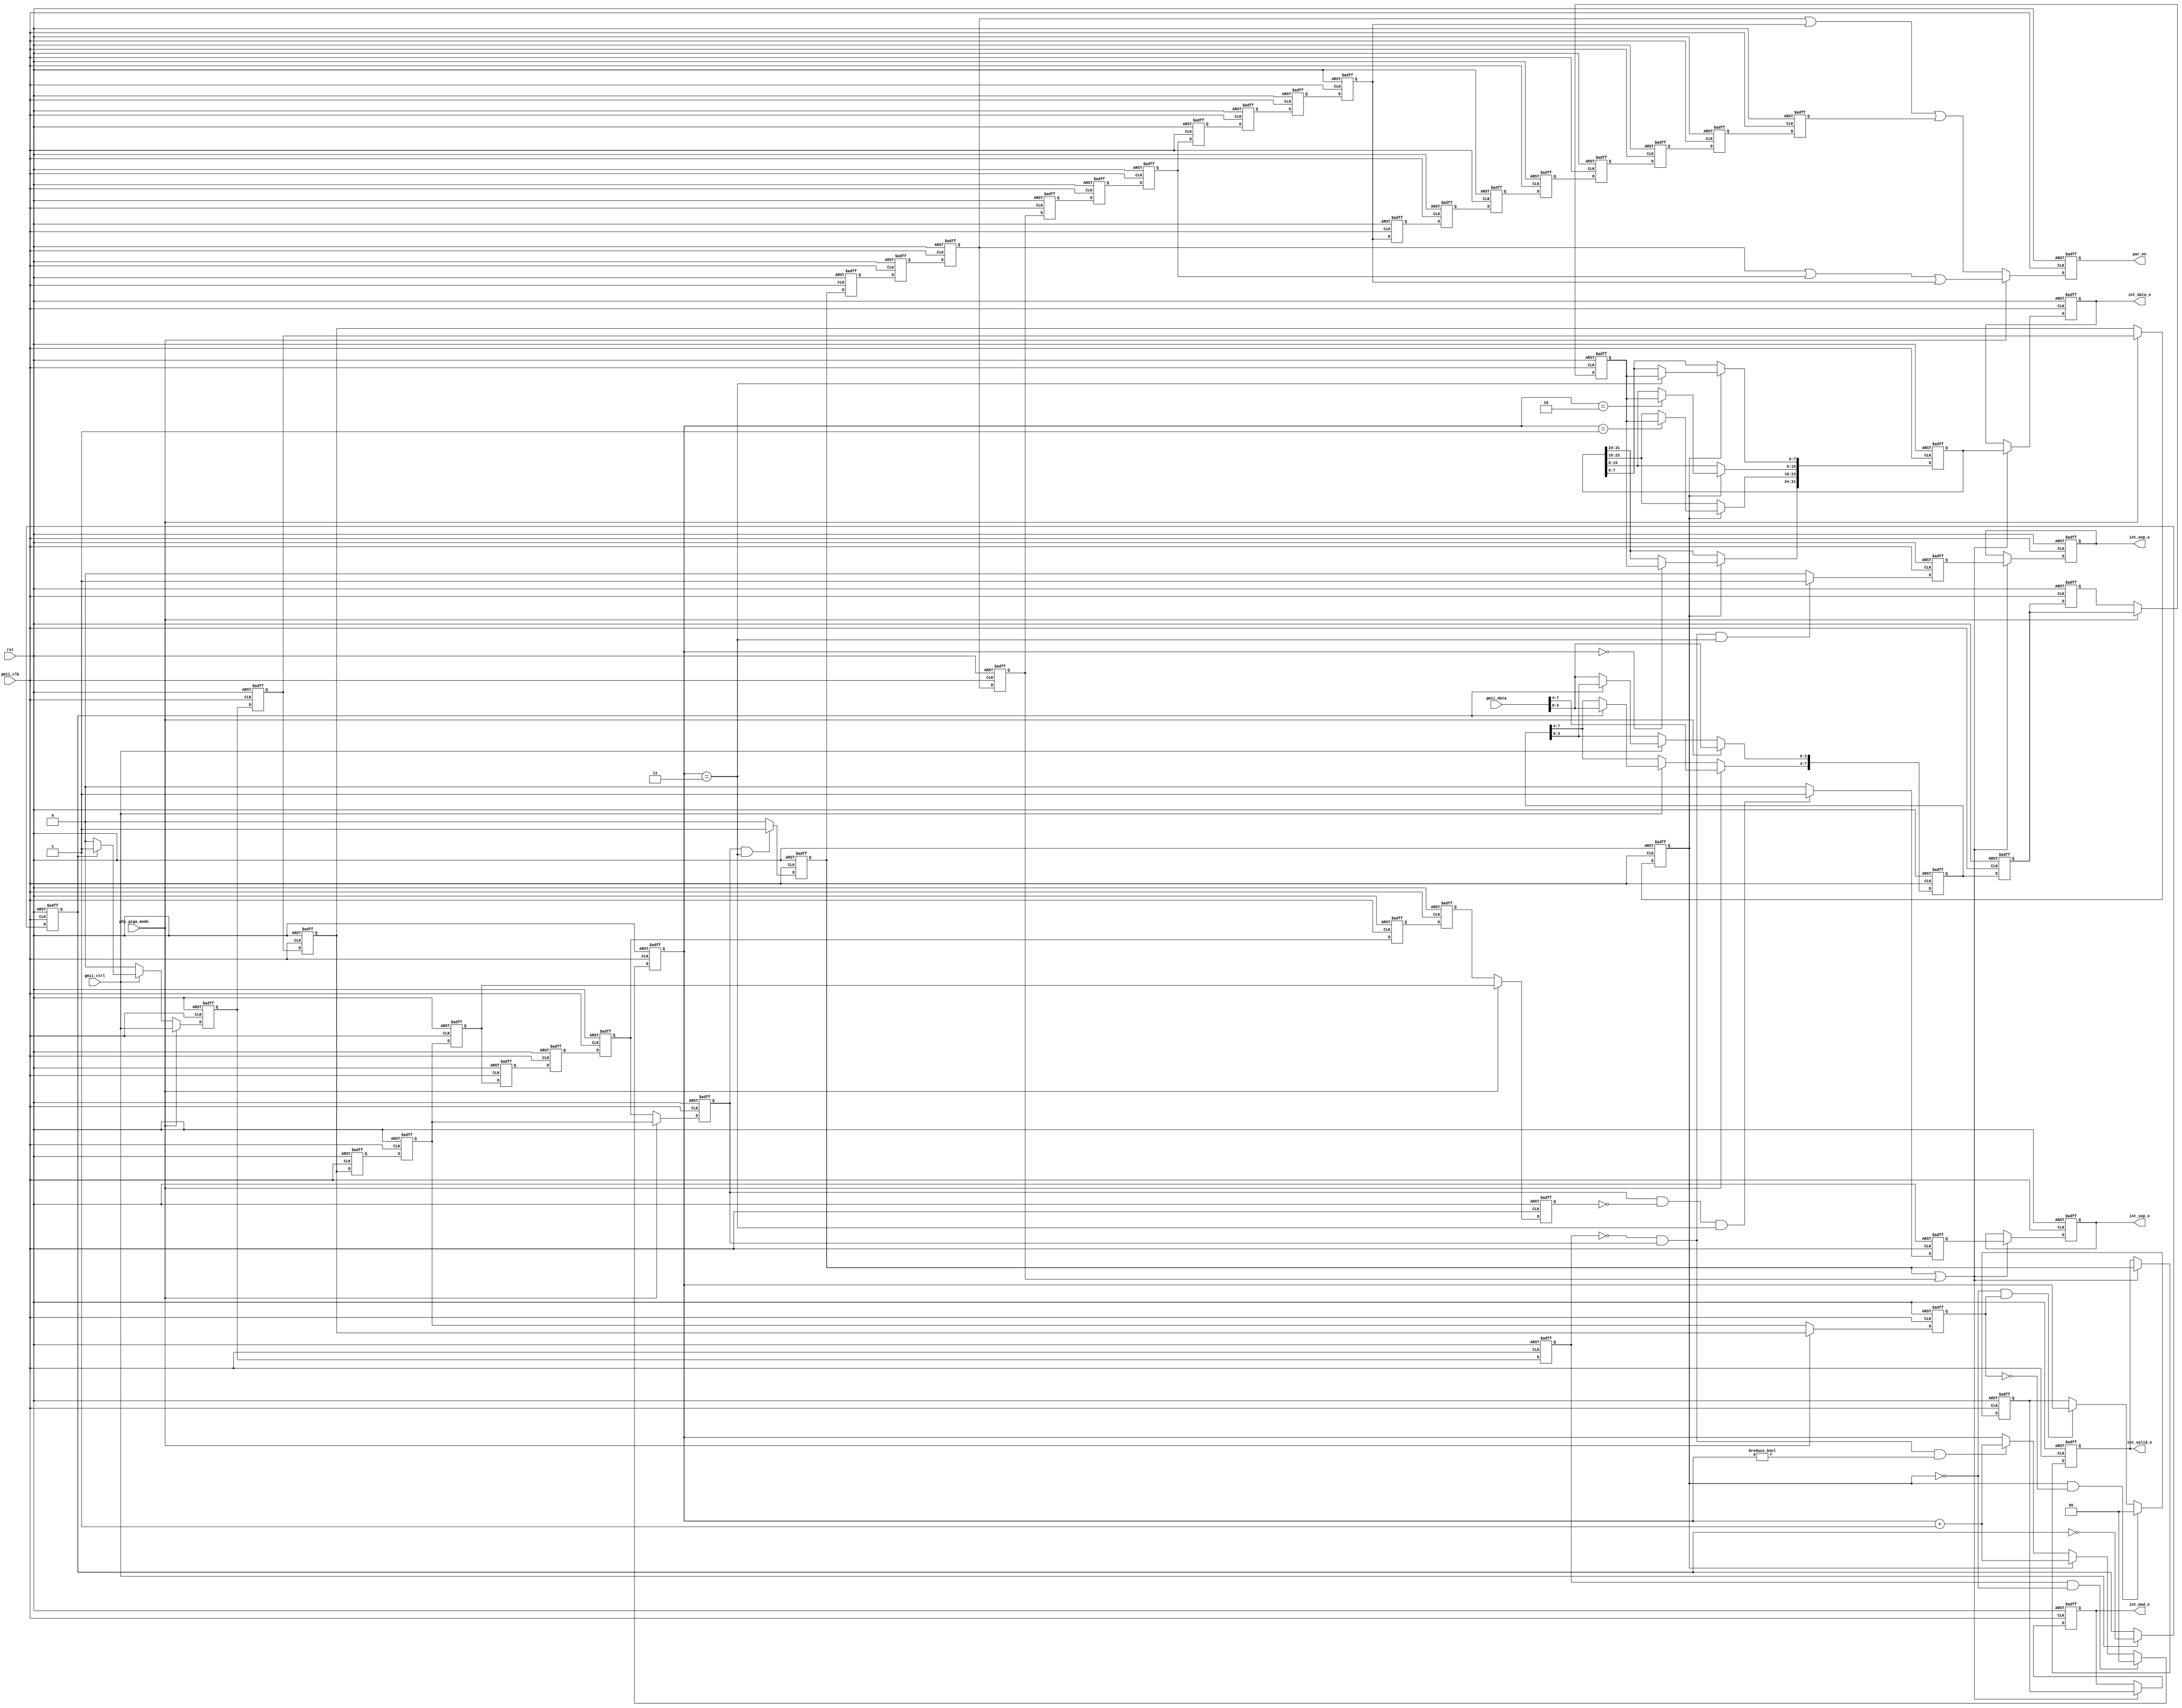
/*
 *
 */

`timescale 1ns/1ns
module rx_gearbox(
  input               rst,
  input               phy_giga_mode,

  input  wire         gmii_clk,
  input  wire         gmii_ctrl,
  input  wire [ 7: 0] gmii_data,

  output reg          par_en,  // multicycle timing control signal

  output reg  [31: 0] int_data_o,
  output reg          int_valid_o,
  output reg          int_sop_o,
  output reg          int_eop_o,
  output reg  [ 1: 0] int_mod_o
);

// mii to gmii padding
reg nibble_h;
always @(posedge rst or posedge gmii_clk) begin
  if (rst)
    nibble_h <= 1'b0;
  else if (gmii_ctrl)
    nibble_h <= !nibble_h;
end

reg       gmii_ctrl_conv;
reg [7:0] gmii_data_conv;
always @(posedge rst or posedge gmii_clk) begin
  if (rst) begin
    gmii_ctrl_conv <= 1'b0;
    gmii_data_conv <= 8'd0;
  end
  else begin
    if (phy_giga_mode) begin
      gmii_ctrl_conv      <= gmii_ctrl;
      gmii_data_conv[7:0] <= gmii_data[7:0];
    end
    else begin
      // 4b-8b datapath gearbox
      if (gmii_ctrl) begin
        gmii_ctrl_conv      <= ( nibble_h)? 1'b1:1'b0;
        gmii_data_conv[7:4] <= ( nibble_h)? gmii_data[3:0]: gmii_data_conv[7:4];
        gmii_data_conv[3:0] <= (!nibble_h)? gmii_data[3:0]: gmii_data_conv[3:0];
      end
      else begin
        gmii_ctrl_conv      <= 1'b0;
        gmii_data_conv[7:4] <= gmii_data_conv[7:4];
        gmii_data_conv[3:0] <= gmii_data_conv[3:0];
      end
    end
  end
end

// buffer gmii input
reg       gmii_ctrl_conv_d1, gmii_ctrl_conv_d2, gmii_ctrl_conv_d3, gmii_ctrl_conv_d4,
          gmii_ctrl_conv_d5, gmii_ctrl_conv_d6, gmii_ctrl_conv_d7, gmii_ctrl_conv_d8,
          gmii_ctrl_conv_d9, gmii_ctrl_conv_da;
reg [7:0] gmii_data_conv_d1, gmii_data_conv_d2, gmii_data_conv_d3, gmii_data_conv_d4,
          gmii_data_conv_d5, gmii_data_conv_d6, gmii_data_conv_d7, gmii_data_conv_d8,
          gmii_data_conv_d9, gmii_data_conv_da;
always @(posedge rst or posedge gmii_clk) begin
  if (rst) begin
    gmii_ctrl_conv_d1 <= 1'b0;
    gmii_ctrl_conv_d2 <= 1'b0;
    gmii_ctrl_conv_d3 <= 1'b0;
    gmii_ctrl_conv_d4 <= 1'b0;
    gmii_ctrl_conv_d5 <= 1'b0;
    gmii_ctrl_conv_d6 <= 1'b0;
    gmii_ctrl_conv_d7 <= 1'b0;
    gmii_ctrl_conv_d8 <= 1'b0;
    gmii_ctrl_conv_d9 <= 1'b0;
    gmii_ctrl_conv_da <= 1'b0;
    gmii_data_conv_d1 <= 8'd0;
    gmii_data_conv_d2 <= 8'd0;
    gmii_data_conv_d3 <= 8'd0;
    gmii_data_conv_d4 <= 8'd0;
    gmii_data_conv_d5 <= 8'd0;
    gmii_data_conv_d6 <= 8'd0;
    gmii_data_conv_d7 <= 8'd0;
    gmii_data_conv_d8 <= 8'd0;
    gmii_data_conv_d9 <= 8'd0;
    gmii_data_conv_da <= 8'd0;
  end
  else begin
    gmii_ctrl_conv_d1 <= gmii_ctrl_conv;
    gmii_ctrl_conv_d2 <= gmii_ctrl_conv_d1;
    gmii_ctrl_conv_d3 <= gmii_ctrl_conv_d2;
    gmii_ctrl_conv_d4 <= gmii_ctrl_conv_d3;
    gmii_ctrl_conv_d5 <= gmii_ctrl_conv_d4;
    gmii_ctrl_conv_d6 <= gmii_ctrl_conv_d5;
    gmii_ctrl_conv_d7 <= gmii_ctrl_conv_d6;
    gmii_ctrl_conv_d8 <= gmii_ctrl_conv_d7;
    gmii_ctrl_conv_d9 <= gmii_ctrl_conv_d8;
    gmii_ctrl_conv_da <= gmii_ctrl_conv_d9;
    gmii_data_conv_d1 <= gmii_data_conv;
    gmii_data_conv_d2 <= gmii_data_conv_d1;
    gmii_data_conv_d3 <= gmii_data_conv_d2;
    gmii_data_conv_d4 <= gmii_data_conv_d3;
    gmii_data_conv_d5 <= gmii_data_conv_d4;
    gmii_data_conv_d6 <= gmii_data_conv_d5;
    gmii_data_conv_d7 <= gmii_data_conv_d6;
    gmii_data_conv_d8 <= gmii_data_conv_d7;
    gmii_data_conv_d9 <= gmii_data_conv_d8;
    gmii_data_conv_da <= gmii_data_conv_d9;
  end
end

// choose buffered gmii input
reg       int_gmii_ctrl;
reg       int_gmii_ctrl_d1, int_gmii_ctrl_d2, int_gmii_ctrl_d3, int_gmii_ctrl_d4,
          int_gmii_ctrl_d5;
reg [7:0] int_gmii_data;
reg [7:0] int_gmii_data_d1, int_gmii_data_d2, int_gmii_data_d3, int_gmii_data_d4,
          int_gmii_data_d5;
always @(posedge rst or posedge gmii_clk) begin
  if (rst) begin
    int_gmii_ctrl    <= 1'b0;
    int_gmii_data    <= 8'h00;
    int_gmii_ctrl_d1 <= 1'b0;
    int_gmii_data_d1 <= 8'h00;
    int_gmii_ctrl_d2 <= 1'b0;
    int_gmii_data_d2 <= 8'h00;
    int_gmii_ctrl_d3 <= 1'b0;
    int_gmii_data_d3 <= 8'h00;
    int_gmii_ctrl_d4 <= 1'b0;
    int_gmii_data_d4 <= 8'h00;
    int_gmii_ctrl_d5 <= 1'b0;
    int_gmii_data_d5 <= 8'h00;
  end
  else begin
    if (phy_giga_mode) begin
      int_gmii_ctrl    <= gmii_ctrl_conv;
      int_gmii_data    <= gmii_data_conv;
      int_gmii_ctrl_d1 <= gmii_ctrl_conv_d1;
      int_gmii_data_d1 <= gmii_data_conv_d1;
      int_gmii_ctrl_d2 <= gmii_ctrl_conv_d2;
      int_gmii_data_d2 <= gmii_data_conv_d2;
      int_gmii_ctrl_d3 <= gmii_ctrl_conv_d3;
      int_gmii_data_d3 <= gmii_data_conv_d3;
      int_gmii_ctrl_d4 <= gmii_ctrl_conv_d4;
      int_gmii_data_d4 <= gmii_data_conv_d4;
      int_gmii_ctrl_d5 <= gmii_ctrl_conv_d5;
      int_gmii_data_d5 <= gmii_data_conv_d5;
    end
    else begin
      int_gmii_ctrl    <= gmii_ctrl_conv;
      int_gmii_data    <= gmii_data_conv;
      int_gmii_ctrl_d1 <= gmii_ctrl_conv_d2;
      int_gmii_data_d1 <= gmii_data_conv_d2;
      int_gmii_ctrl_d2 <= gmii_ctrl_conv_d4;
      int_gmii_data_d2 <= gmii_data_conv_d4;
      int_gmii_ctrl_d3 <= gmii_ctrl_conv_d6;
      int_gmii_data_d3 <= gmii_data_conv_d6;
      int_gmii_ctrl_d4 <= gmii_ctrl_conv_d8;
      int_gmii_data_d4 <= gmii_data_conv_d8;
      int_gmii_ctrl_d5 <= gmii_ctrl_conv_da;
      int_gmii_data_d5 <= gmii_data_conv_da;
    end
  end
end

// 8b-32b datapath gearbox
reg        int_valid;
reg        int_sop, int_eop;
reg [ 1:0] int_bcnt, int_mod;
reg [31:0] int_data;
always @(posedge rst or posedge gmii_clk) begin
  if (rst)
    int_bcnt <= 2'd0;
  else
    if      ( int_gmii_ctrl && !int_gmii_ctrl_d1)
      int_bcnt <= 2'd0;  // clear on sop
    else if ( int_gmii_ctrl_d1)
      int_bcnt <= int_bcnt + 2'd1;  // increment
    else if (!int_gmii_ctrl && int_gmii_ctrl_d4 && (int_bcnt!=2'd0))
      int_bcnt <= int_bcnt + 2'd1;  // end on eop with mod
end
always @(posedge rst or posedge gmii_clk) begin
  if (rst) begin
    int_data  <= 32'd0;
    int_valid <=  1'b0;
    int_mod   <=  2'd0;
    int_sop   <=  1'b0;
    int_eop   <=  1'b0;
  end
  else begin
    if (int_gmii_ctrl_d1) begin
      int_data[ 7: 0] <= (int_bcnt==2'd3)? int_gmii_data_d1: int_data[ 7: 0];
      int_data[15: 8] <= (int_bcnt==2'd2)? int_gmii_data_d1: int_data[15: 8];
      int_data[23:16] <= (int_bcnt==2'd1)? int_gmii_data_d1: int_data[23:16];
      int_data[31:24] <= (int_bcnt==2'd0)? int_gmii_data_d1: int_data[31:24];
    end

    if (int_gmii_ctrl_d4 && int_bcnt==2'd3)
      int_valid <= 1'b1;
    else
      int_valid <= 1'b0;

    if (int_gmii_ctrl_d1 && !int_gmii_ctrl_d2)
      int_mod <= 2'd0;
    else if (!int_gmii_ctrl_d1 && int_gmii_ctrl_d2)
      int_mod <= int_bcnt;

    if (int_gmii_ctrl_d4 && !int_gmii_ctrl_d5 && int_bcnt==2'd3)
      int_sop <= 1'b1;
    else
      int_sop <= 1'b0;

    if (!int_gmii_ctrl   &&  int_gmii_ctrl_d4 && int_bcnt==2'd3)
      int_eop <= 1'b1;
    else
      int_eop <= 1'b0;

  end
end

// output
reg int_valid_d1,  int_valid_d2,  int_valid_d3,  int_valid_d4;
reg int_valid_d5,  int_valid_d6,  int_valid_d7,  int_valid_d8;
reg int_valid_d9,  int_valid_d10, int_valid_d11, int_valid_d12;
reg int_valid_d13, int_valid_d14, int_valid_d15, int_valid_d16;
reg int_valid_d17, int_valid_d18, int_valid_d19, int_valid_d20;
always @(posedge rst or posedge gmii_clk) begin
  if (rst) begin
    int_valid_d1  <= 1'b0;
    int_valid_d2  <= 1'b0;
    int_valid_d3  <= 1'b0;
    int_valid_d4  <= 1'b0;
    int_valid_d5  <= 1'b0;
    int_valid_d6  <= 1'b0;
    int_valid_d7  <= 1'b0;
    int_valid_d8  <= 1'b0;
    int_valid_d9  <= 1'b0;
    int_valid_d10 <= 1'b0;
    int_valid_d11 <= 1'b0;
    int_valid_d12 <= 1'b0;
    int_valid_d13 <= 1'b0;
    int_valid_d14 <= 1'b0;
    int_valid_d15 <= 1'b0;
    int_valid_d16 <= 1'b0;
    int_valid_d17 <= 1'b0;
    int_valid_d18 <= 1'b0;
    int_valid_d19 <= 1'b0;
    int_valid_d20 <= 1'b0;
  end
  else begin
    int_valid_d1  <= int_valid;
    int_valid_d2  <= int_valid_d1;
    int_valid_d3  <= int_valid_d2;
    int_valid_d4  <= int_valid_d3;
    int_valid_d5  <= int_valid_d4;
    int_valid_d6  <= int_valid_d5;
    int_valid_d7  <= int_valid_d6;
    int_valid_d8  <= int_valid_d7;
    int_valid_d9  <= int_valid_d8;
    int_valid_d10 <= int_valid_d9;
    int_valid_d11 <= int_valid_d10;
    int_valid_d12 <= int_valid_d11;
    int_valid_d13 <= int_valid_d12;
    int_valid_d14 <= int_valid_d13;
    int_valid_d15 <= int_valid_d14;
    int_valid_d16 <= int_valid_d15;
    int_valid_d17 <= int_valid_d16;
    int_valid_d18 <= int_valid_d17;
    int_valid_d19 <= int_valid_d18;
    int_valid_d20 <= int_valid_d19;
  end
end
wire int_par_en = phy_giga_mode? (int_valid_d3 || int_valid_d7 || int_valid_d11): (int_valid_d3 || int_valid_d11 || int_valid_d19);
always @(posedge rst or posedge gmii_clk) begin
  if (rst)
    par_en <= 1'b0;
  else
    par_en <= int_par_en;
end

always @(posedge rst or posedge gmii_clk) begin
  if (rst) begin
    int_valid_o <= 1'b0;
    int_sop_o   <= 1'b0;
    int_eop_o   <= 1'b0;
    int_data_o  <= 32'h00000000;
    int_mod_o   <= 2'b00;
  end
  else begin
    if (int_valid || int_valid_d4) begin
      int_valid_o <= int_valid;
      int_sop_o   <= int_sop;
      int_eop_o   <= int_eop;
      int_data_o  <= int_data;
      int_mod_o   <= int_mod;
    end
  end
end

endmodule